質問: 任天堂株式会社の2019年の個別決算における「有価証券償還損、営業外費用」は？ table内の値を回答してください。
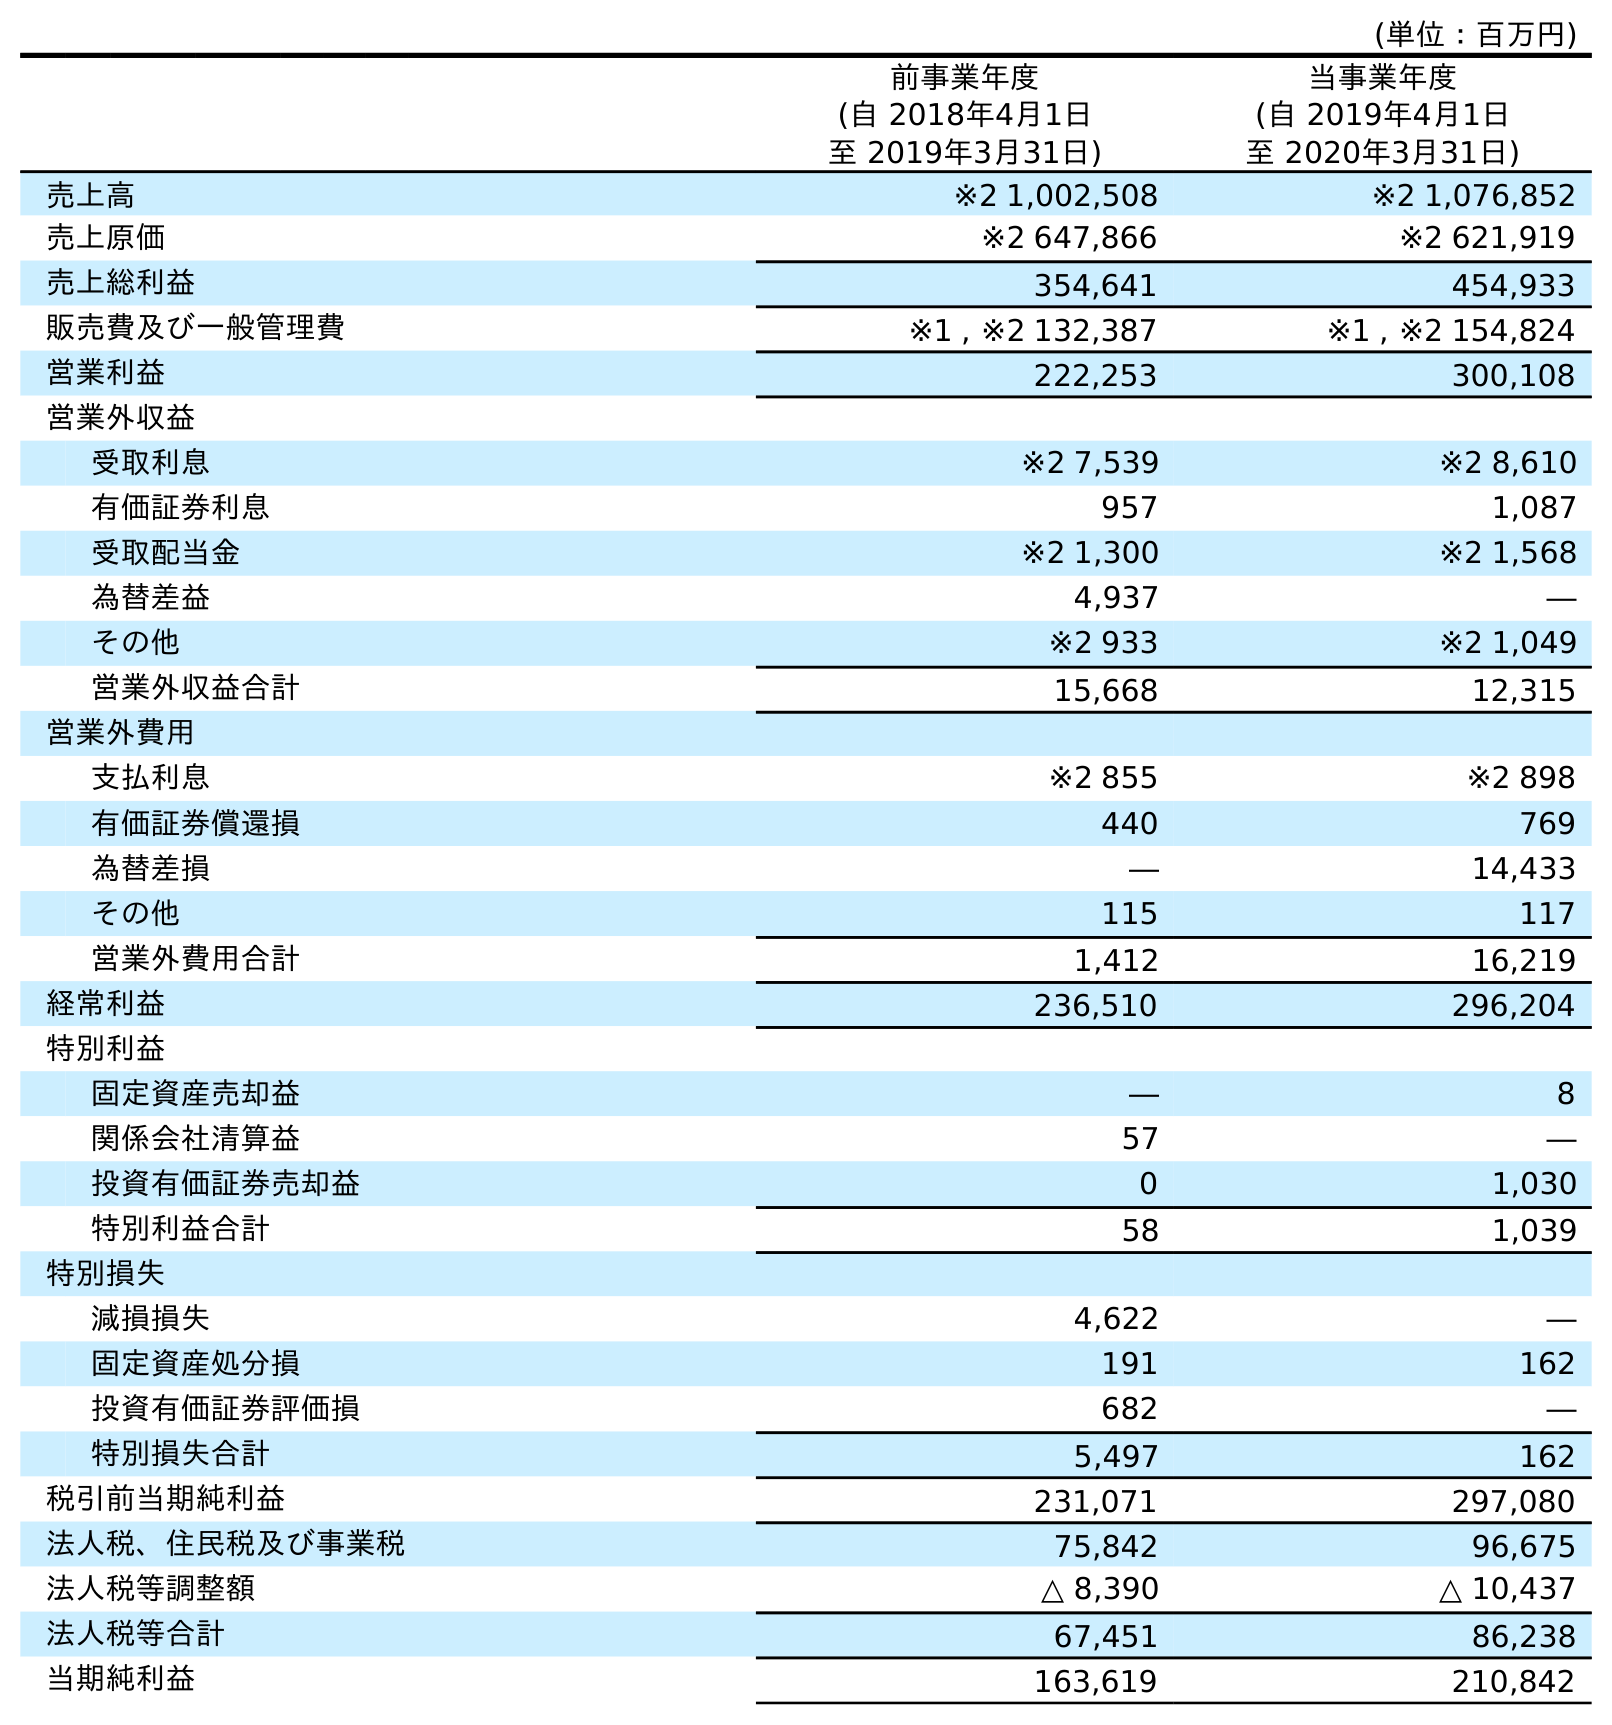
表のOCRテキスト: (単位：百万円) 前事業年度 (自 2018年4月1日 至 2019年3月31日) 当事業年度 (自 2019年4月1日 至 2020年3月31日) 売上高 ※2 1,002,508 ※2 1,076,852 売上原価 ※2 647,866 ※2 621,919 売上総利益 354,641 454,933 販売費及び一般管理費 ※1 , ※2 132,387 ※1 , ※2 154,824 営業利益 222,253 300,108 営業外収益 受取利息 ※2 7,539 ※2 8,610 有価証券利息 957 1,087 受取配当金 ※2 1,300 ※2 1,568 為替差益 4,937 ― その他 ※2 933 ※2 1,049 営業外収益合計 15,668 12,315 営業外費用 支払利息 ※2 855 ※2 898 有価証券償還損 440 769 為替差損 ― 14,433 その他 115 117 営業外費用合計 1,412 16,219 経常利益 236,510 296,204 特別利益 固定資産売却益 ― 8 関係会社清算益 57 ― 投資有価証券売却益 0 1,030 特別利益合計 58 1,039 特別損失 減損損失 4,622 ― 固定資産処分損 191 162 投資有価証券評価損 682 ― 特別損失合計 5,497 162 税引前当期純利益 231,071 297,080 法人税、住民税及び事業税 75,842 96,675 法人税等調整額 △ 8,390 △ 10,437 法人税等合計 67,451 86,238 当期純利益 163,619 210,842
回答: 440